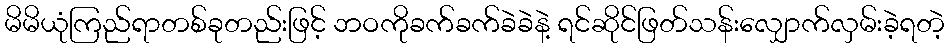
မိမိယုံကြည်ရာတစ်ခုတည်းဖြင့် ဘဝကိုခက်ခက်ခဲခဲနဲ့ ရင်ဆိုင်ဖြတ်သန်းလျှောက်လှမ်းခဲ့ရတဲ့